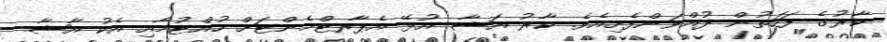
ކާރުގެ ފަހަތުން ދުއްވަންފެށިއެވެ. ކާރު އަޝާ އުޅޭ އެޕާރޓްމެންޓަށް ހުއްޓުމާއި އެކު އާޝާ